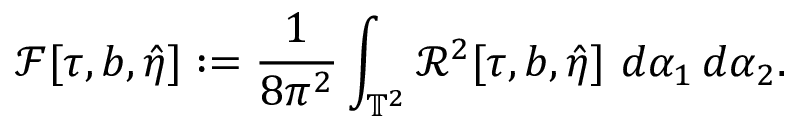
\mathcal { F } [ \tau , b , \hat { \eta } ] : = \frac { 1 } { 8 \pi ^ { 2 } } \int _ { \mathbb { T } ^ { 2 } } \mathcal { R } ^ { 2 } [ \tau , b , \hat { \eta } ] \, \, d \alpha _ { 1 } \, d \alpha _ { 2 } .